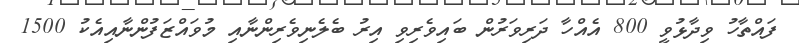
ފައްތާހު ވިދާޅުވީ 800 އެއްހާ ދަރިވަރުން ބައިވެރިވި އިރު ބެލެނިވެރިންނާއި މުވައްޒަފުންނާއިއެކު 1500